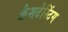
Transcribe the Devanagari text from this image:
क्रैशटेस्टिंग